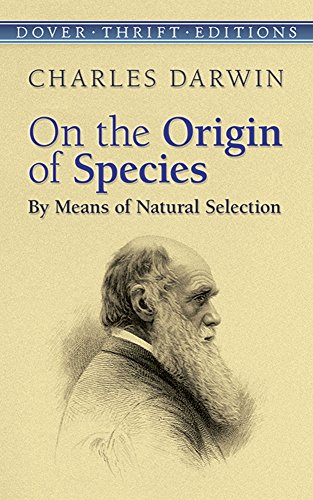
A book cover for On the Origin of Species: By Means of Natural Selection (Dover Thrift Editions); Charles Darwin; Science & Math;